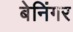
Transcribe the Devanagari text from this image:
बेनिंगर